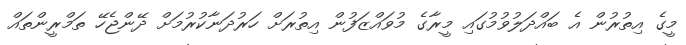
މީގެ އިތުރުން އެ ބައްދަލުވުމުގައި މީރާގެ މުވައްޒަފުން އިތުރަށް ހަރުދަނާކުރުމަށް ދޭންޖެހޭ ތަމްރީންތައް